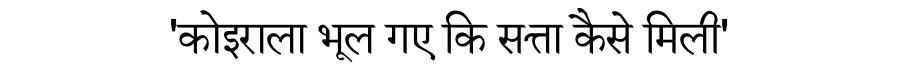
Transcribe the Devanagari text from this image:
'कोइराला भूल गए कि सत्ता कैसे मिली'